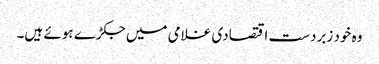
وہ خود زبردست اقتصادی غلامی میں جکڑے ہوئے ہیں۔